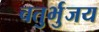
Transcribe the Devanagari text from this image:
चतुर्भुजय